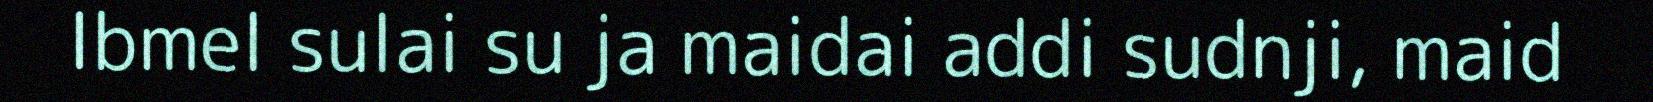
Ibmel sulai su ja maidai addi sudnji, maid